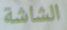
الشاشة